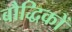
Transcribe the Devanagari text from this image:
बौद्धिकों